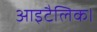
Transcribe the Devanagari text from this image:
आइटैलिक।